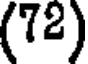
(72)